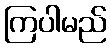
ကြပါမည်